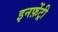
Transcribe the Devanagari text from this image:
इनफ़ेंट्री